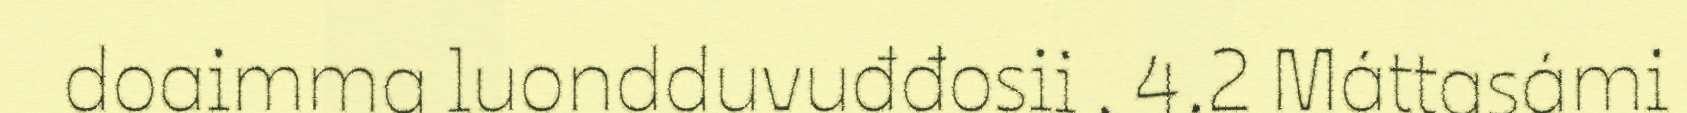
doaimma luondduvuđđosii . 4.2 Máttasámi